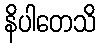
နိပါတေသိ